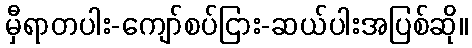
မှီရာတပါး-ကျော်စပ်ငြား-ဆယ်ပါးအပြစ်ဆို။